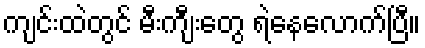
ကျင်းထဲတွင် မီးကျီးတွေ ရဲနေလောက်ပြီ။